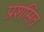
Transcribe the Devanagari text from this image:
प्रशसित